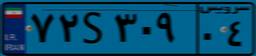
۷۲S۳۰۹۰۴